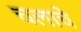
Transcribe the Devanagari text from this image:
चलाचे